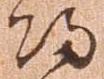
帰